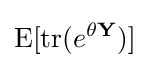
\operatorname {E} [\operatorname {tr} (e^{\theta \mathbf {Y} })]